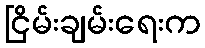
ငြိမ်းချမ်းရေးက